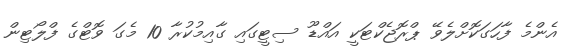
އެންމެ ފާހަގަކޮށްލެވޭ ޕްރޮޖެކްޓަކީ އައްޑޫ ސިޓީގައި ގާއިމުކުރާ 10 މެގަ ވޮޓްގެ ފްލޯޓިން